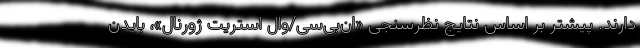
دارند. پیشتر بر اساس نتایج نظرسنجی «ان‌بی‌سی/وال استریت ژورنال»، بایدن